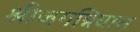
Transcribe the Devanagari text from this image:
श्रीजगन्निवास